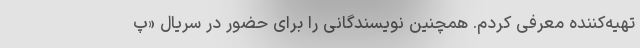
تهیه‌کننده معرفی کردم. همچنین نویسندگانی را برای حضور در سریال «پ